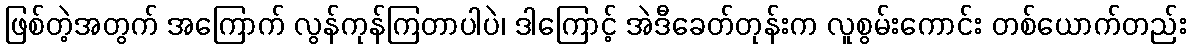
ဖြစ်တဲ့အတွက် အကြောက် လွန်ကုန်ကြတာပါပဲ၊ ဒါကြောင့် အဲဒီခေတ်တုန်းက လူစွမ်းကောင်း တစ်ယောက်တည်း